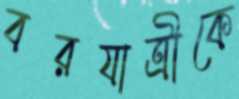
বরযাত্রীকে